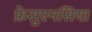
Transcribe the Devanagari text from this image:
फ्रेसुएनसिया